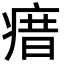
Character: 瘄